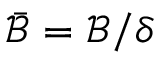
\bar { \mathcal { B } } = \mathcal { B } / \delta